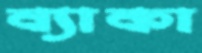
ব্যাকা